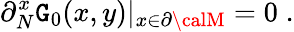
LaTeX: \partial_{N}^{x}\mathtt{G}_{0}(x,y)|_{x\in{\partial{\calM}}}=0\; .